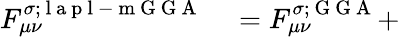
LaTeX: \begin{array}{rl}{F_{\mu\nu}^{\sigma;\mathrm{~l~a~p~l~-~m~G~G~A~}}}&{{}=F_{\mu\nu}^{\sigma;\mathrm{~G~G~A~}}+}\end{array}